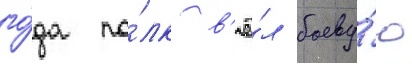
го́да по́лк в'ё́л боеву́ю